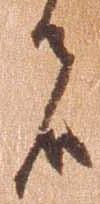
者